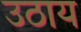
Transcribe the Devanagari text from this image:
उठाय